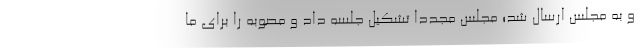
و به مجلس ارسال شد؛ مجلس مجدداً تشکیل جلسه داد و مصوبه را برای ما